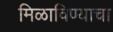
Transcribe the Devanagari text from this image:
मिळाविण्याचा